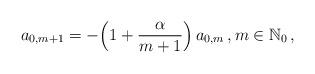
LaTeX: \begin{align*}a_{0,m+1}=-\Big(1+\frac{\alpha}{m+1}\Big)\,a_{0,m}\,,m\in\mathbb{N}_0\,,\end{align*}